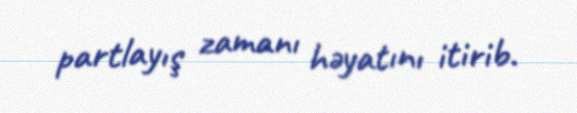
partlayış zamanı həyatını itirib.